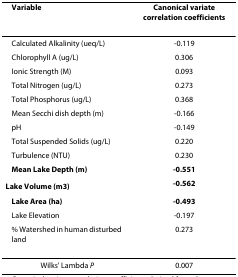
| Variable | Canonical variate correlation coefficients |
 | --- | --- |
 | Calculated Alkalinity (ueq/L) | -0.119 |
 | Chlorophyll A (ug/L) | 0.306 |
 | Ionic Strength (M) | 0.093 |
 | Total Nitrogen (ug/L) | 0.273 |
 | Total Phosphorus (ug/L) | 0.368 |
 | Mean Secchi dish depth (m) | -0.166 |
 | pH | -0.149 |
 | Total Suspended Solids (ug/L) | 0.220 |
 | Turbulence (NTU) | 0.230 |
 | Mean Lake Depth (m) | -0.551 |
 | Lake Volume (m3) | -0.562 |
 | Lake Area (ha) | -0.493 |
 | Lake Elevation | -0.197 |
 | % Watershed in human disturbed land | 0.273 |
 | Wilks' Lambda P | 0.007 |